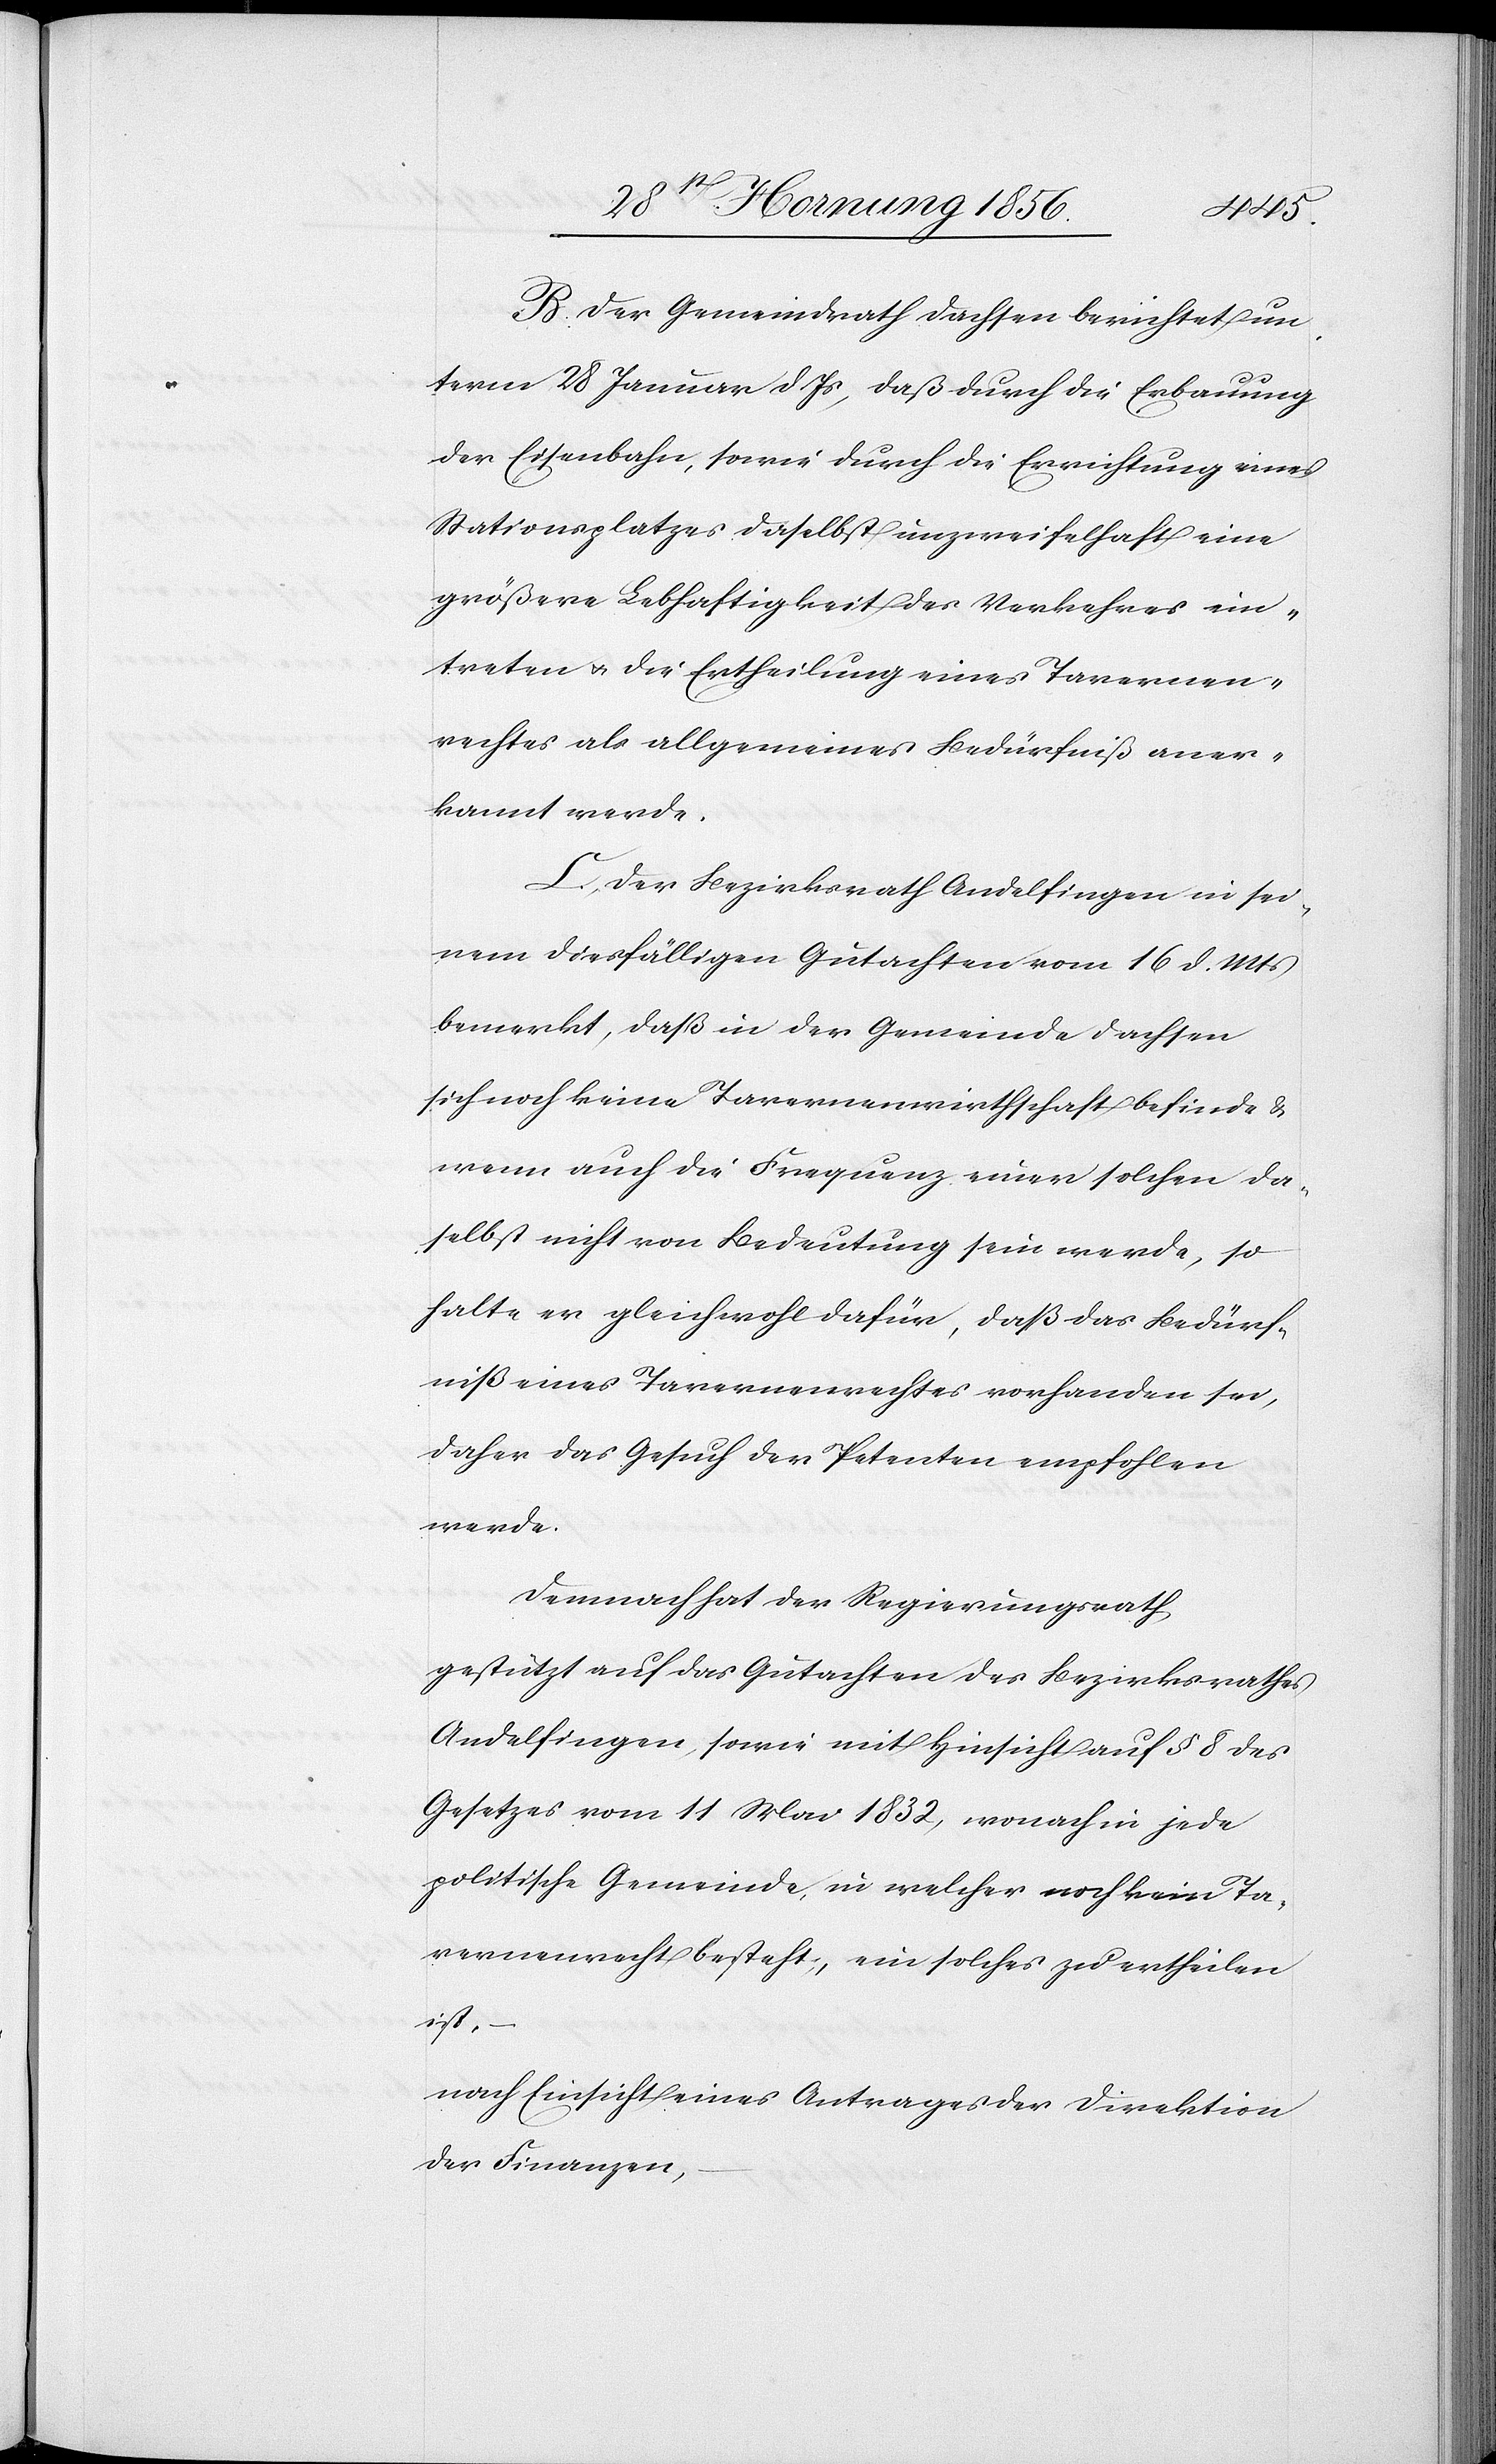
B. Der Gemeindrath Dachsen berichtet un¬
term 28 Januar d. Js, daß durch die Erbauung
der Eisenbahn, sowie durch die Errichtung eines
Stationsplatzes daselbst unzweifelhaft eine
größere Lebhaftigkeit des Verkehres ein¬
treten u. die Ertheilung eines Tavernen¬
rechtes als allgemeines Bedürfniß aner¬
kannt werde.
C. Der Bezirksrath Andelfinden in sei¬
nem diesfälligen Gutachten vom 16 d. Mts
bemerkt, daß in der Gemeinde Dachsen
sich noch keine Tavernenwirthschaft befinde &
wenn auch die Frequenz einer solchen da¬
selbst nicht von Bedeutung sein werde, so
halte er gleichwohl dafür, daß das Bedürf¬
niß eines Tavernenrechtes vorhanden sei,
daher das Gesuch der Petenten empfohlen
werde.
Demnach hat der Regierungsrath,
gestützt auf das Gutachten des Bezirksrathes
Andelfingen, sowie mit Hinsicht auf § 8 des
Gesetzes vom 11 Mai 1832, wonach in jede
politische Gemeinde, in welcher noch kein Ta¬
vernenrecht bestehe, ein solches zu ertheilen
ist,
nach Einsicht eines Antrages der Direktion
der Finanzen,